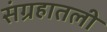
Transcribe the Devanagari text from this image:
संग्रहातली